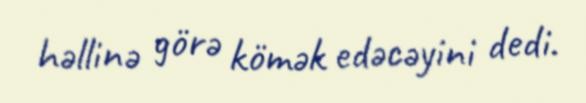
həllinə görə kömək edəcəyini dedi.